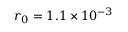
r _ { 0 } = 1 . 1 \times 1 0 ^ { - 3 }